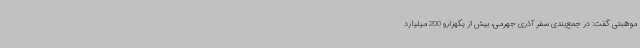
موهبتی گفت: در جمع‌بندی سفر آذری جهرمی، بیش از یکهزارو 200 میلیارد